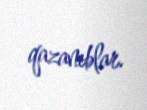
qazanıblar.